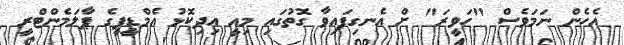
އެހެން ނަމަވެސް "ހަވީރަ" ށް އެނގިފައިވާ ގޮތުގައި މިއީ އިދިކޮޅު އެމްޑީޕީގެ ޕާލަމެންޓްރީ